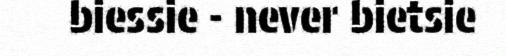
biessie - never bietsie